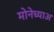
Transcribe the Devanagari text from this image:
मोनेच्याअ